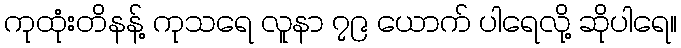
ကုထုံးတိနန့် ကုသရေ လူနာ ၇၉ ယောက် ပါရေလို့ ဆိုပါရေ။